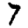
Digit: 7